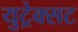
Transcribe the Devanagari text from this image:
युट्रेक्सट